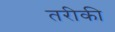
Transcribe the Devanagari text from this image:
तरीकी